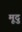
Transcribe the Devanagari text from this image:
मूदु